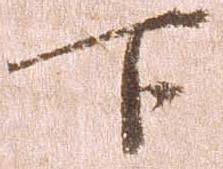
下